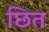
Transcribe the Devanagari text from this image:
छित